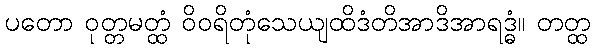
ပတော ဝုတ္တမတ္ထံ ဝိဝရိတုံသေယျထိဒံတိအာဒိအာရဒ္ဓံ။ တတ္ထ